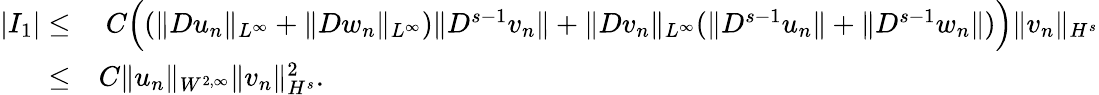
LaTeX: \begin{array}{rl}{|I_{1}|\leq}&{\ C\Big((\| Du_{n}\| _{L^{\infty}}+\| Dw_{n}\| _{L^{\infty}})\| D^{s-1}v_{n}\| +\| Dv_{n}\| _{L^{\infty}}(\| D^{s-1}u_{n}\| +\| D^{s-1}w_{n}\| )\Big)\| v_{n}\| _{H^{s}}}\\ {\leq}&{C\| u_{n}\| _{W^{2,\infty}}\| v_{n}\| _{H^{s}}^{2}.}\end{array}